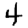
Digit: 4